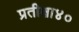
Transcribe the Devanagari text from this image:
प्रतीक्षा४०